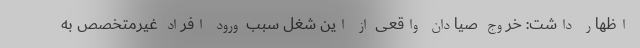
اظهار داشت: خروج صیادان واقعی از این شغل سبب ورود افراد غیرمتخصص به